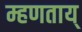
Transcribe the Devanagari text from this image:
म्हणताय्